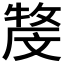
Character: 𤚓